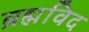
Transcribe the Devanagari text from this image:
ब्रह्मविद